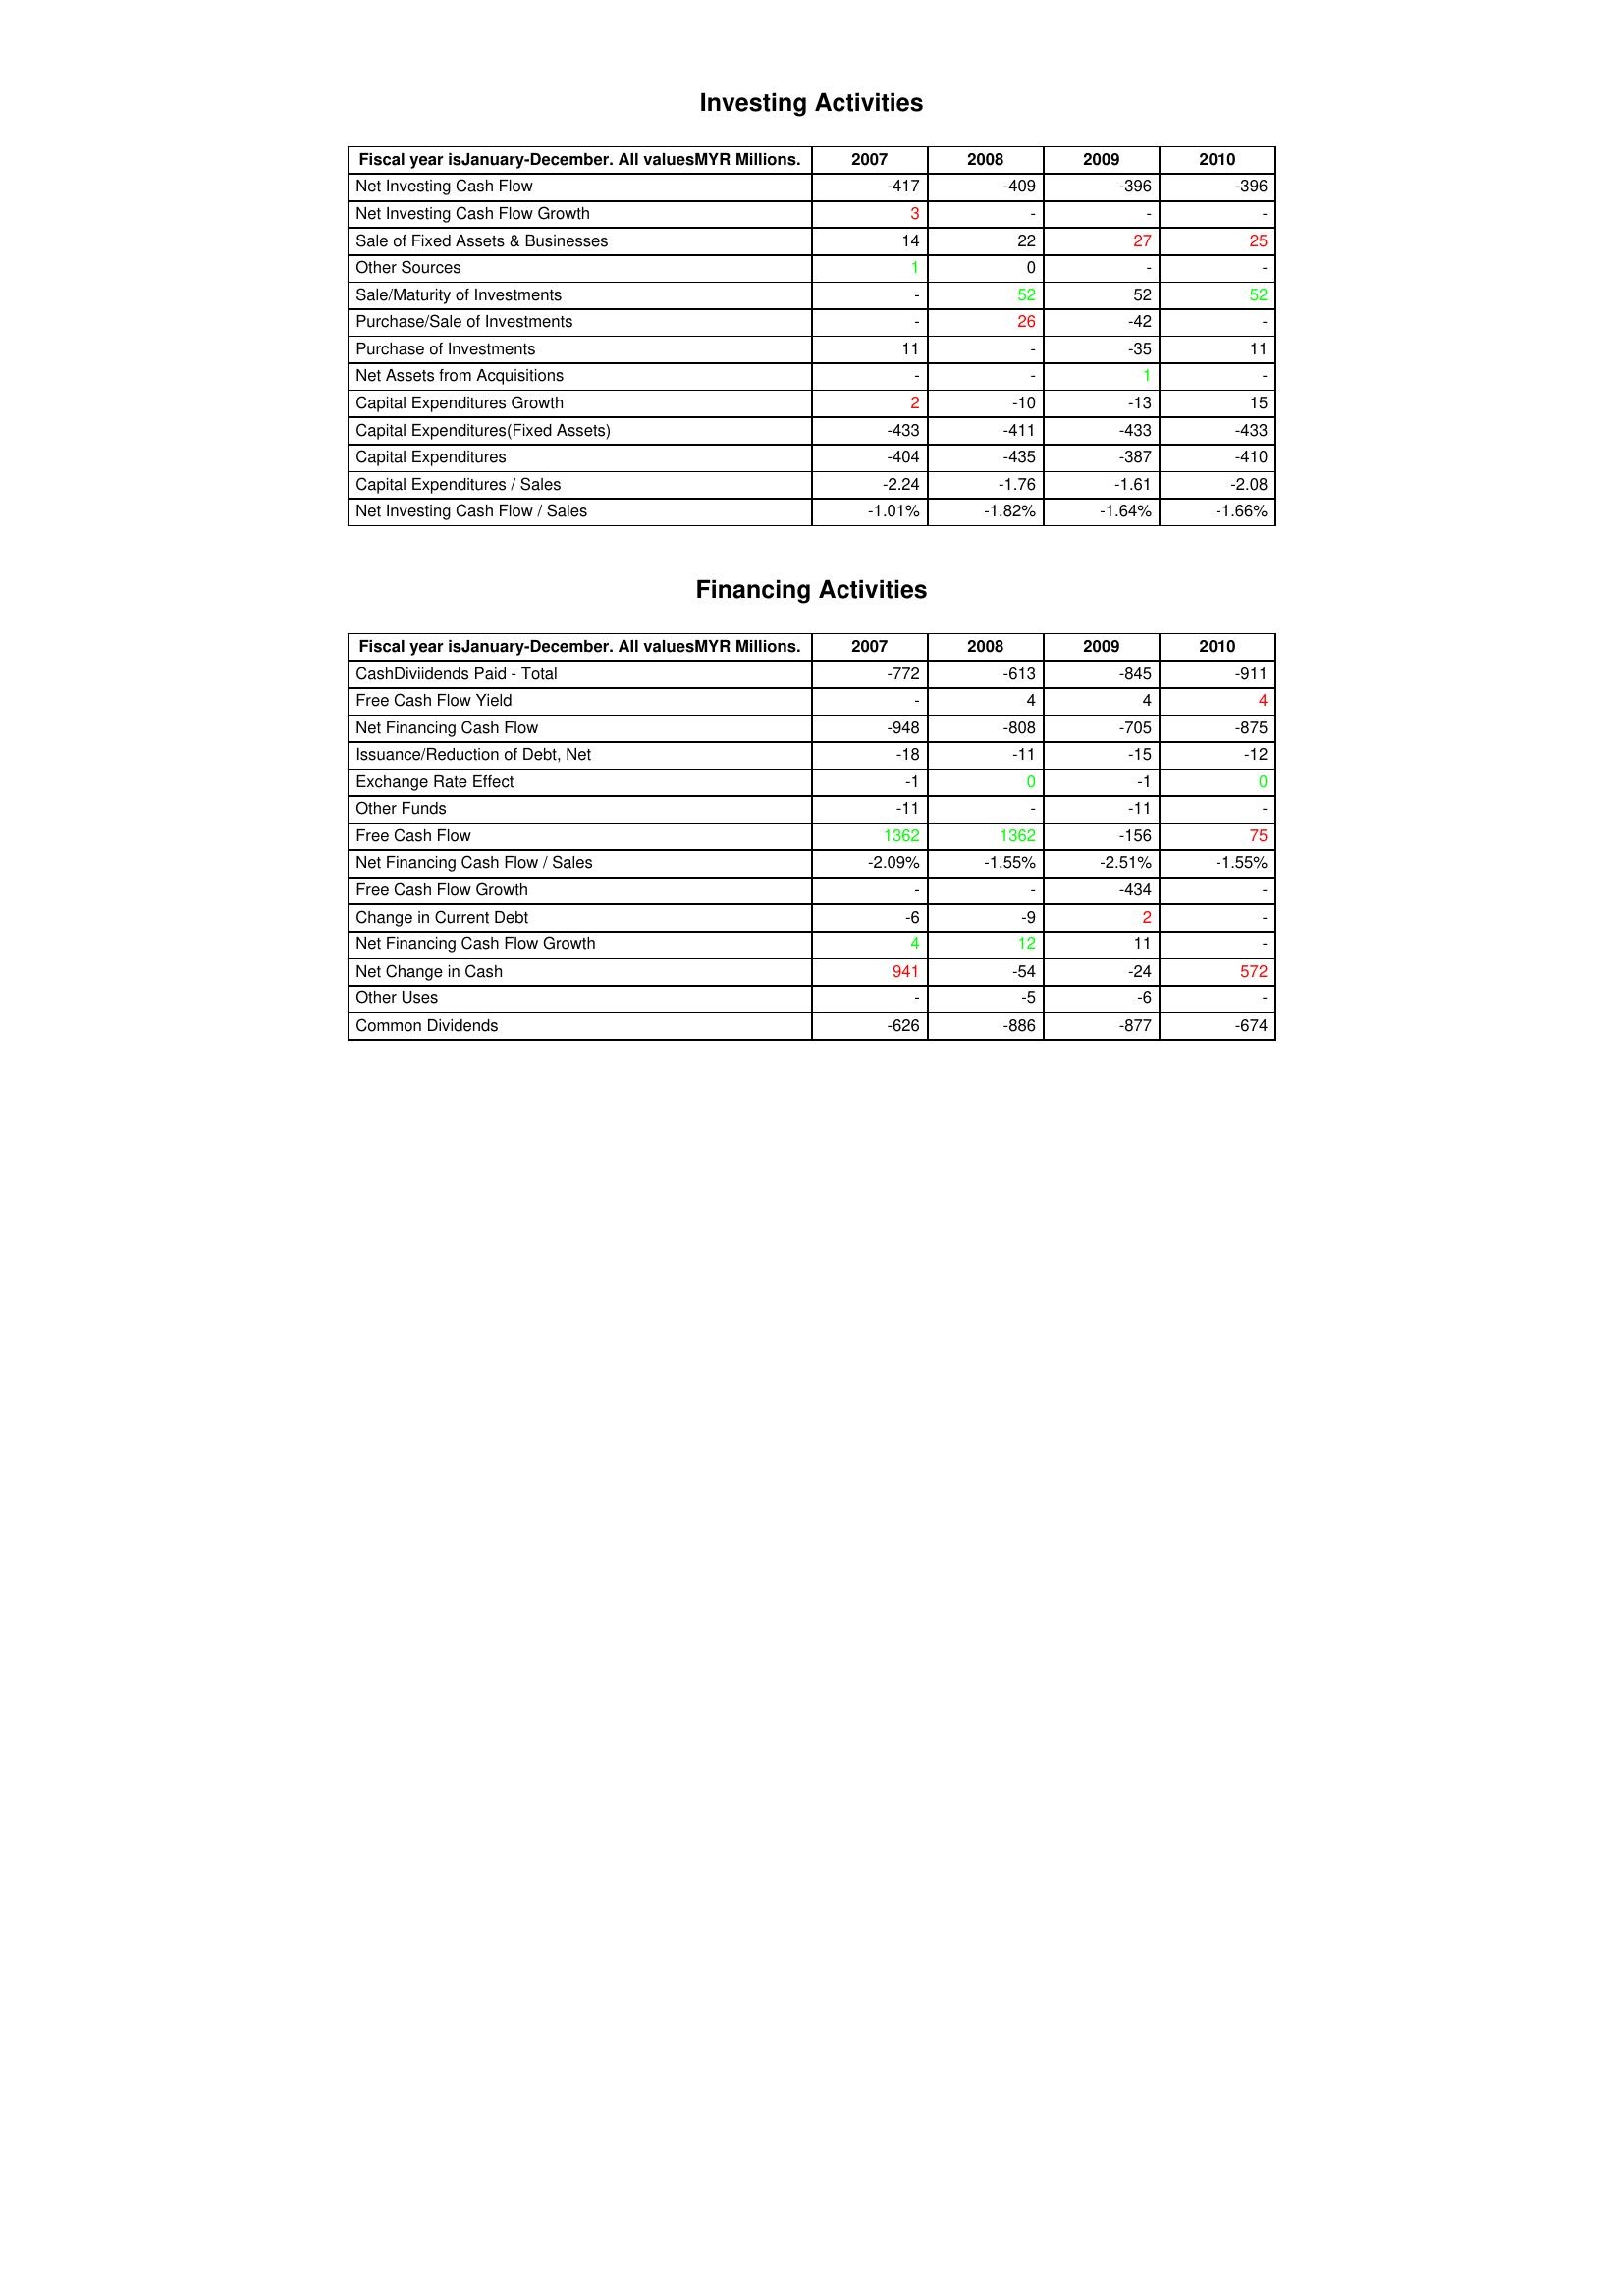
gt_parse: 2007: Investing Activities: Net Investing Cash Flow: -417
Net Investing Cash Flow Growth: 3
Sale of Fixed Assets & Businesses: 14
Other Sources: 1
Sale/Maturity of Investments: -
Purchase/Sale of Investments: -
Purchase of Investments: 11
Net Assets from Acquisitions: -
Capital Expenditures Growth: 2
Capital Expenditures(Fixed Assets): -433
Capital Expenditures: -404
Capital Expenditures / Sales: -2.24
Net Investing Cash Flow / Sales: -1.01%
Financing Activities: CashDiviidends Paid - Total: -772
Free Cash Flow Yield: -
Net Financing Cash Flow: -948
Issuance/Reduction of Debt, Net: -18
Exchange Rate Effect: -1
Other Funds: -11
Free Cash Flow: 1362
Net Financing Cash Flow / Sales: -2.09%
Free Cash Flow Growth: -
Change in Current Debt: -6
Net Financing Cash Flow Growth: 4
Net Change in Cash: 941
Other Uses: -
Common Dividends: -626
2008: Investing Activities: Net Investing Cash Flow: -409
Net Investing Cash Flow Growth: -
Sale of Fixed Assets & Businesses: 22
Other Sources: 0
Sale/Maturity of Investments: 52
Purchase/Sale of Investments: 26
Purchase of Investments: -
Net Assets from Acquisitions: -
Capital Expenditures Growth: -10
Capital Expenditures(Fixed Assets): -411
Capital Expenditures: -435
Capital Expenditures / Sales: -1.76
Net Investing Cash Flow / Sales: -1.82%
Financing Activities: CashDiviidends Paid - Total: -613
Free Cash Flow Yield: 4
Net Financing Cash Flow: -808
Issuance/Reduction of Debt, Net: -11
Exchange Rate Effect: 0
Other Funds: -
Free Cash Flow: 1362
Net Financing Cash Flow / Sales: -1.55%
Free Cash Flow Growth: -
Change in Current Debt: -9
Net Financing Cash Flow Growth: 12
Net Change in Cash: -54
Other Uses: -5
Common Dividends: -886
2009: Investing Activities: Net Investing Cash Flow: -396
Net Investing Cash Flow Growth: -
Sale of Fixed Assets & Businesses: 27
Other Sources: -
Sale/Maturity of Investments: 52
Purchase/Sale of Investments: -42
Purchase of Investments: -35
Net Assets from Acquisitions: 1
Capital Expenditures Growth: -13
Capital Expenditures(Fixed Assets): -433
Capital Expenditures: -387
Capital Expenditures / Sales: -1.61
Net Investing Cash Flow / Sales: -1.64%
Financing Activities: CashDiviidends Paid - Total: -845
Free Cash Flow Yield: 4
Net Financing Cash Flow: -705
Issuance/Reduction of Debt, Net: -15
Exchange Rate Effect: -1
Other Funds: -11
Free Cash Flow: -156
Net Financing Cash Flow / Sales: -2.51%
Free Cash Flow Growth: -434
Change in Current Debt: 2
Net Financing Cash Flow Growth: 11
Net Change in Cash: -24
Other Uses: -6
Common Dividends: -877
2010: Investing Activities: Net Investing Cash Flow: -396
Net Investing Cash Flow Growth: -
Sale of Fixed Assets & Businesses: 25
Other Sources: -
Sale/Maturity of Investments: 52
Purchase/Sale of Investments: -
Purchase of Investments: 11
Net Assets from Acquisitions: -
Capital Expenditures Growth: 15
Capital Expenditures(Fixed Assets): -433
Capital Expenditures: -410
Capital Expenditures / Sales: -2.08
Net Investing Cash Flow / Sales: -1.66%
Financing Activities: CashDiviidends Paid - Total: -911
Free Cash Flow Yield: 4
Net Financing Cash Flow: -875
Issuance/Reduction of Debt, Net: -12
Exchange Rate Effect: 0
Other Funds: -
Free Cash Flow: 75
Net Financing Cash Flow / Sales: -1.55%
Free Cash Flow Growth: -
Change in Current Debt: -
Net Financing Cash Flow Growth: -
Net Change in Cash: 572
Other Uses: -
Common Dividends: -674